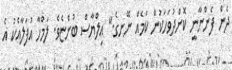
ދެން ފެންނާނީ ކޮންދުވަހަކުން ކަމެއް ނޭނގެ." އިލްޔާސް ބުންޏެވެ. ލަމްހާ އުފަލާއެކު އެ